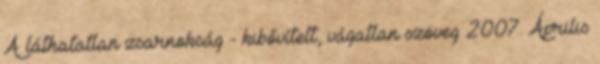
A láthatatlan zsarnokság - kibővített, vágatlan szöveg 2007. Április